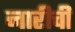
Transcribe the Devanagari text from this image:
नारीची